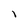
Character: 1